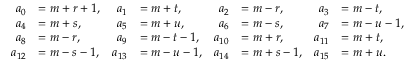
\begin{array} { r l r l r l r l } { a _ { 0 } } & { = m + r + 1 , } & { a _ { 1 } } & { = m + t , } & { a _ { 2 } } & { = m - r , } & { a _ { 3 } } & { = m - t , } \\ { a _ { 4 } } & { = m + s , } & { a _ { 5 } } & { = m + u , } & { a _ { 6 } } & { = m - s , } & { a _ { 7 } } & { = m - u - 1 , } \\ { a _ { 8 } } & { = m - r , } & { a _ { 9 } } & { = m - t - 1 , } & { a _ { 1 0 } } & { = m + r , } & { a _ { 1 1 } } & { = m + t , } \\ { a _ { 1 2 } } & { = m - s - 1 , } & { a _ { 1 3 } } & { = m - u - 1 , } & { a _ { 1 4 } } & { = m + s - 1 , } & { a _ { 1 5 } } & { = m + u . } \end{array}